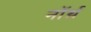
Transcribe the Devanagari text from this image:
नॉर्थ़